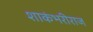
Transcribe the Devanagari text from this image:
शाकंभरीराज